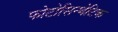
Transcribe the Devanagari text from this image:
फोटोसिन्थेटिक